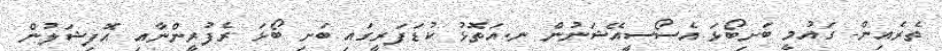
ތެރެއިން- ގައުމީ ބަށިބޯޅަ އެސޯސީއޭޝަނުން ނ.އަތޮޅު ކުޑަފަރީގައި ބަށި ބޯޅަ ރެފުރީންނާއި އޮފިޝަލުން